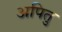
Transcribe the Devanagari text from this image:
अपितु